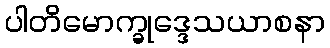
ပါတိမောက္ခုဒ္ဒေသယာစနာ